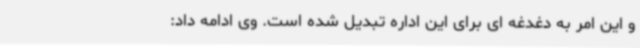
و این امر به دغدغه ای برای این اداره تبدیل شده است. وی ادامه داد: